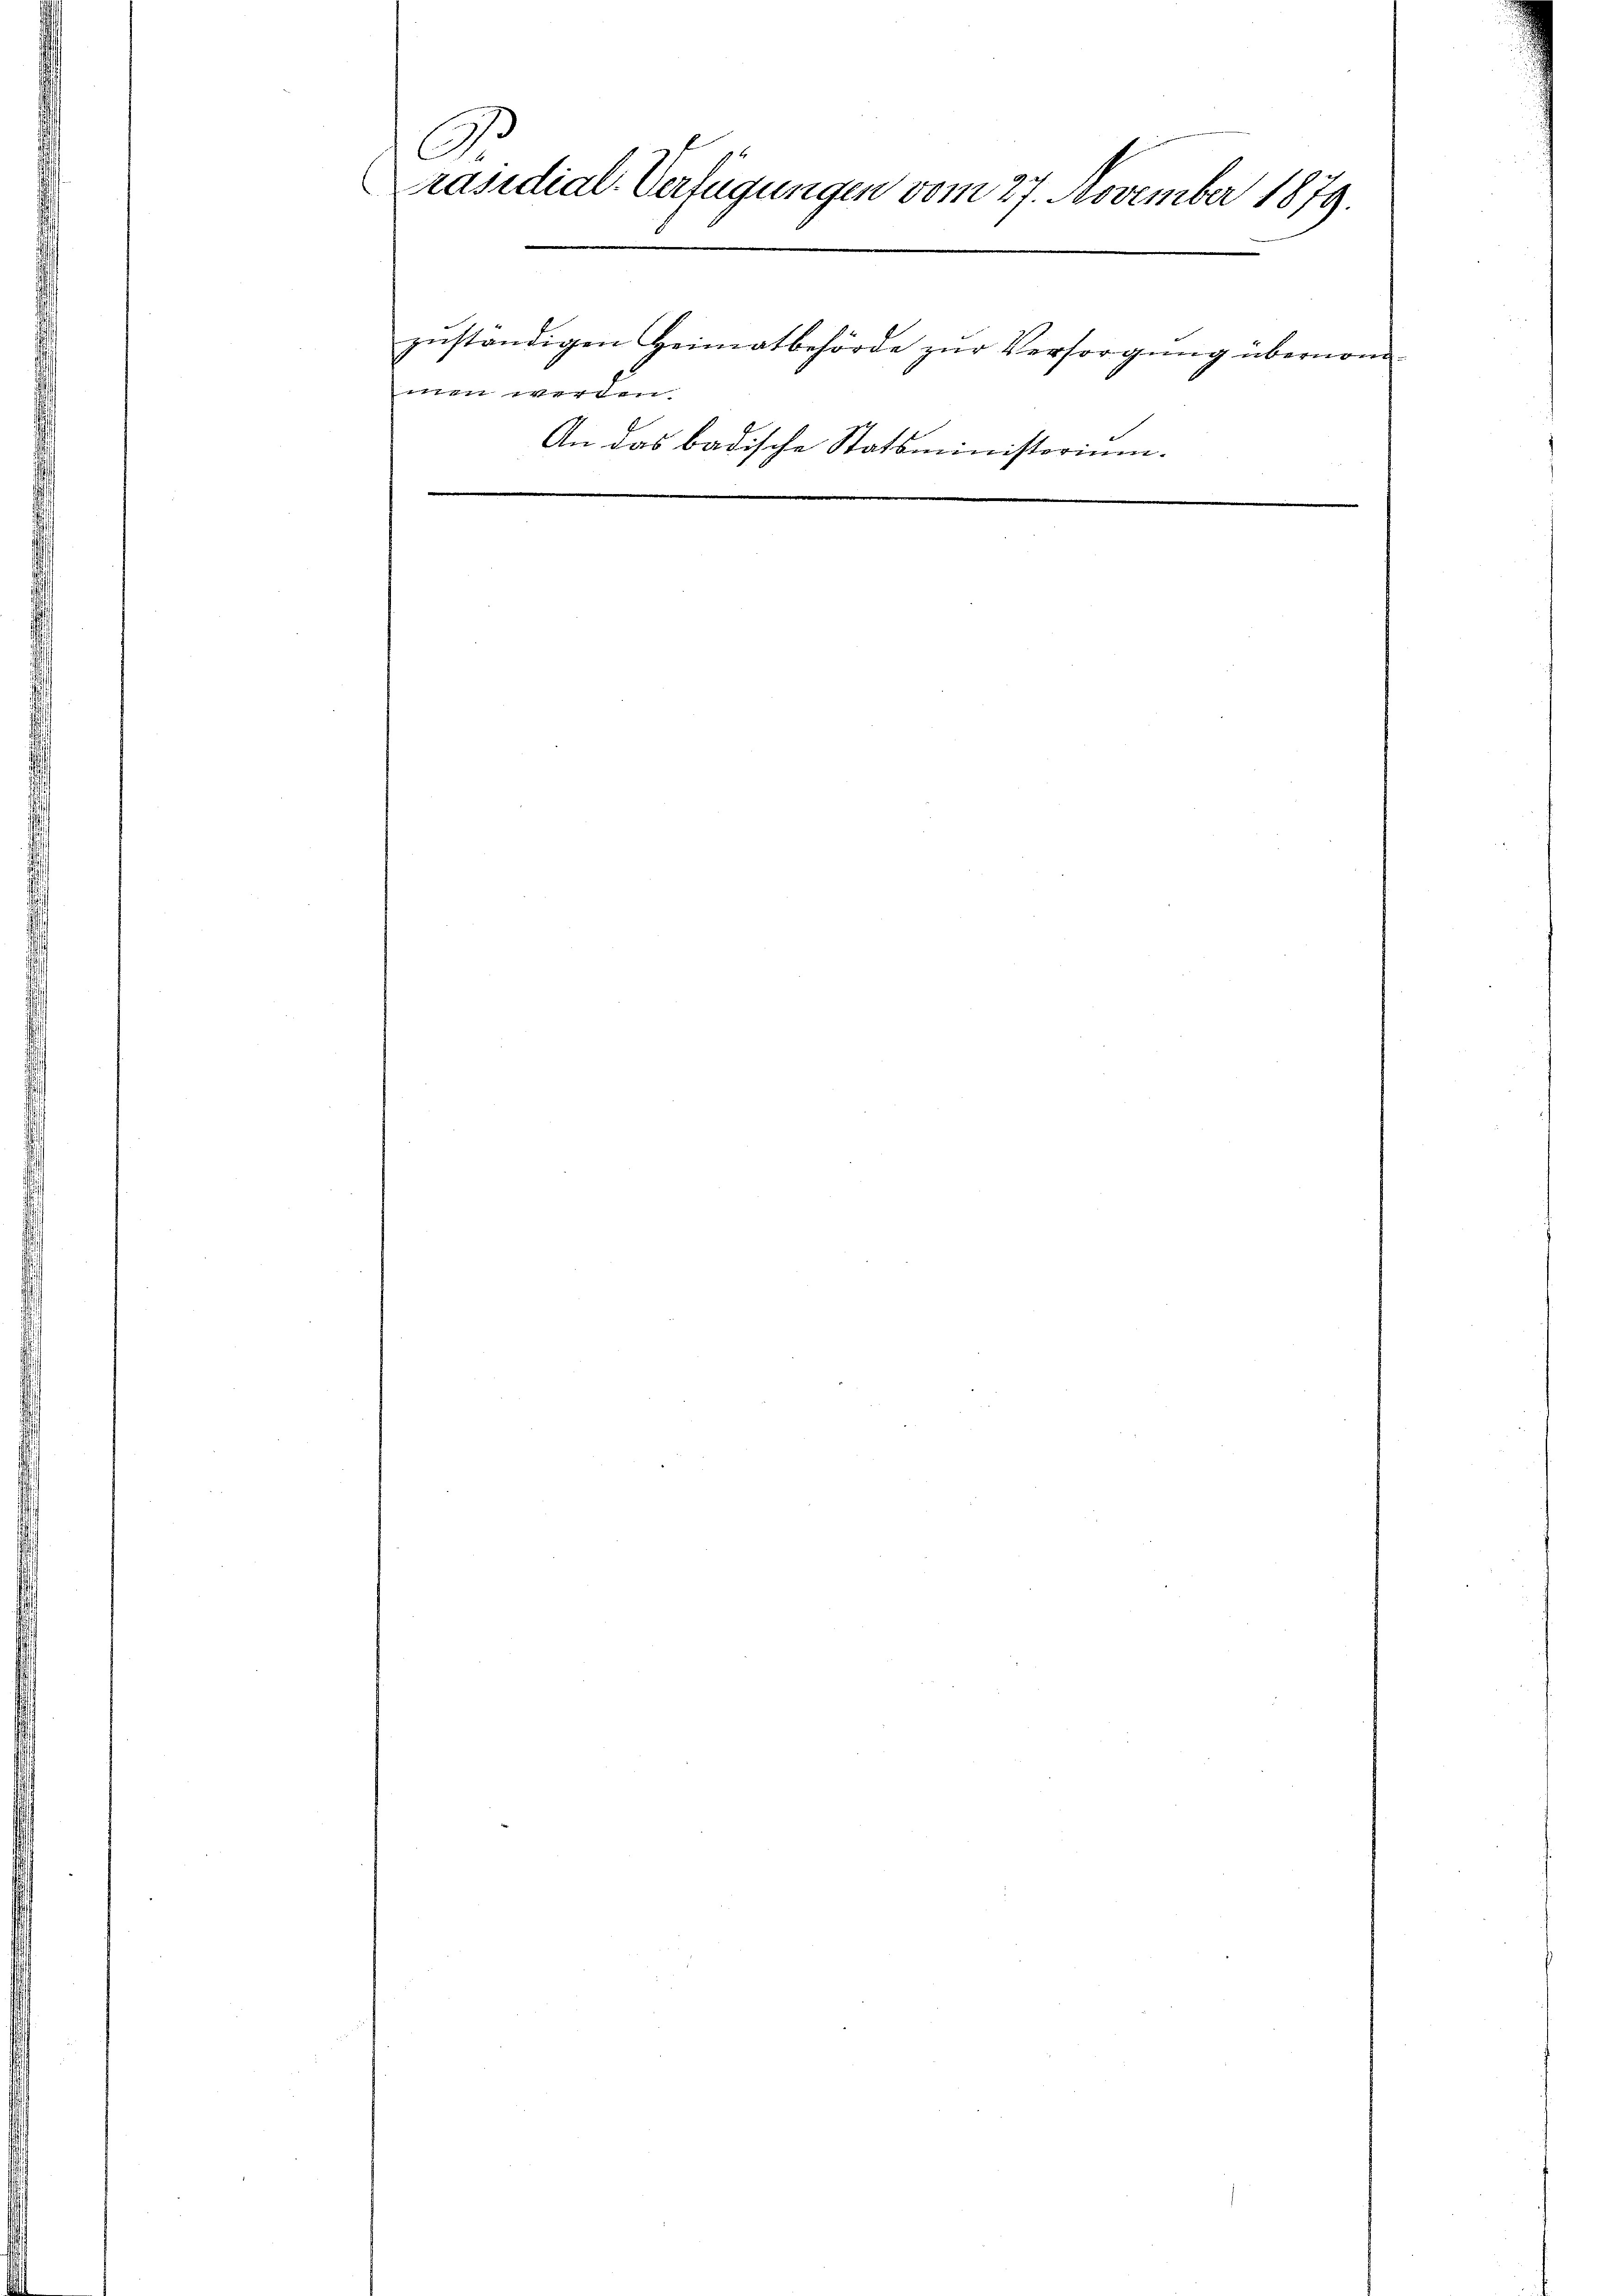
A
Präsidial-Verfügungen vom 27. November 1879.
zŭständigen Heimatbehörde zŭr Versorgung übernom
men werden.
An das badische Statsministorium.
e